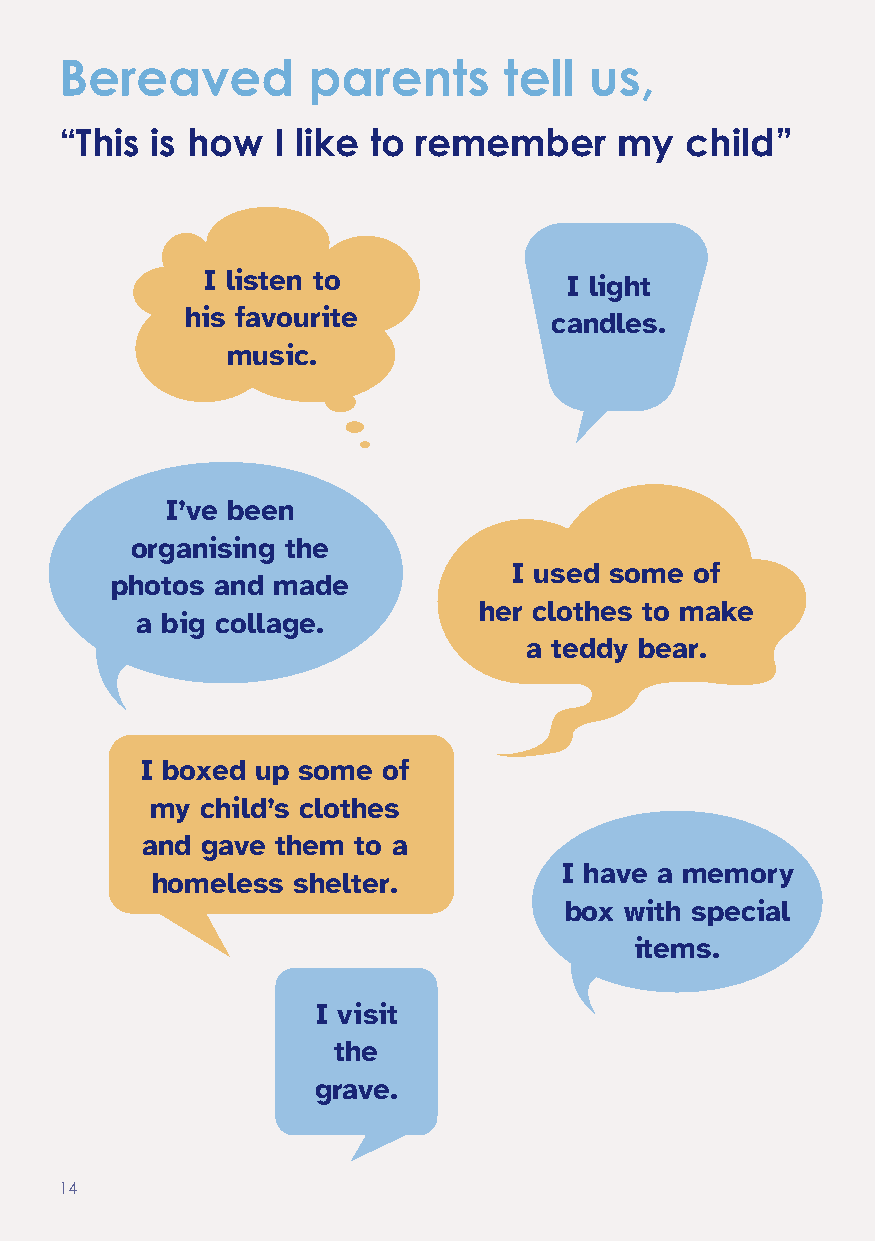
Bereaved        parents      tell  us,
 “This is how  I like to remember     my  child”
 I listen to             I light
 his favourite           candles.
 music.
 I’ve been
 organising the
 I used some of
 photos and made
 her clothes to make
 a big collage.
 a teddy bear.
 I boxed up some of
 my child’s clothes
 and gave them to a
 I have a memory
 homeless shelter.
 box with special
 items.
 I visit
 the
 grave.
 14